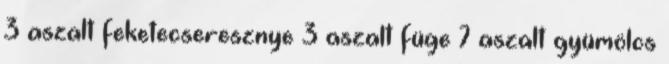
3 aszalt feketecseresznye 3 aszalt füge 7 aszalt gyümölcs